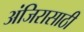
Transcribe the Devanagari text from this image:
अंजिरासाठी